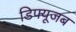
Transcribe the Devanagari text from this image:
डिफ्यूजब